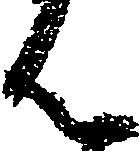
ん